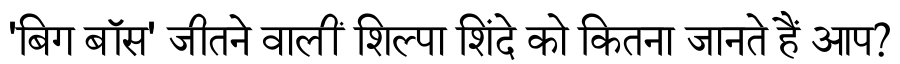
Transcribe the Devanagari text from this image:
'बिग बॉस' जीतने वालीं शिल्पा शिंदे को कितना जानते हैं आप?